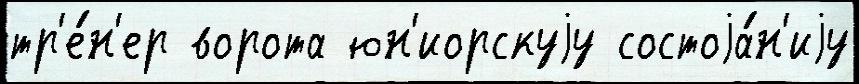
тр'е́н'ер ворота юн'иорскуjу состоjа́н'иjу